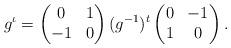
LaTeX: \begin{align*} g^\iota = \begin{pmatrix} 0&1\\-1&0\end{pmatrix} (g^{-1})^t \begin{pmatrix}0&-1\\1&0\end{pmatrix}.\end{align*}